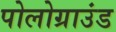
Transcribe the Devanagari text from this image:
पोलोग्राउंड